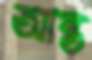
আন্ত